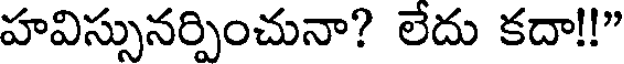
హవిస్సునర్పించునా? లేదు కదా!!"